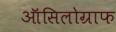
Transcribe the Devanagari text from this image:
ऑसिलोग्राफ